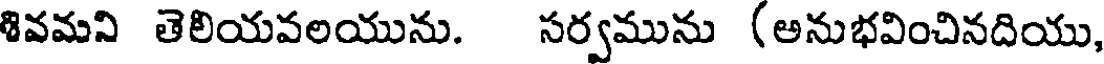
శివమని తెలియవలయును. సర్వమును (అనుభవించినదియు,